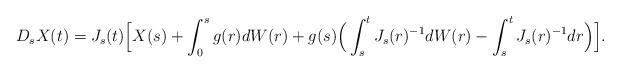
LaTeX: \begin{align*}D_sX(t) = J_s(t)\Big[ X(s) + \int_0^s g(r) dW(r) + g(s) \Big( \int_s^t J_s(r)^{-1} dW(r) - \int_s^t J_s(r)^{-1} dr\Big) \Big].\end{align*}